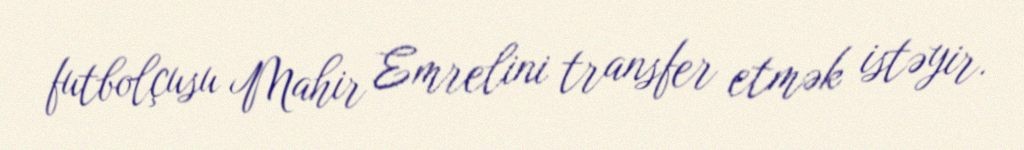
futbolçusu Mahir Emrelini transfer etmək istəyir.